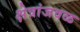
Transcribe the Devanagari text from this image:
क्षेत्रांजवळ